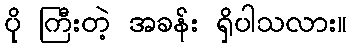
ပို ကြီးတဲ့ အခန်း ရှိပါသလား။